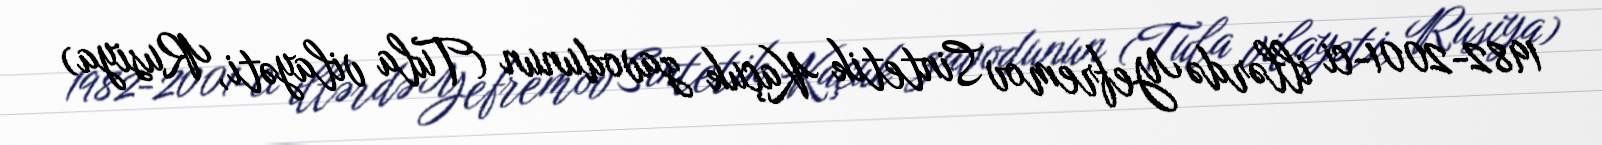
1982-2001-ci illərdə Yefremov Sintetik Kaçuk zavodunun (Tula vilayəti, Rusiya)